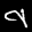
Label: 9